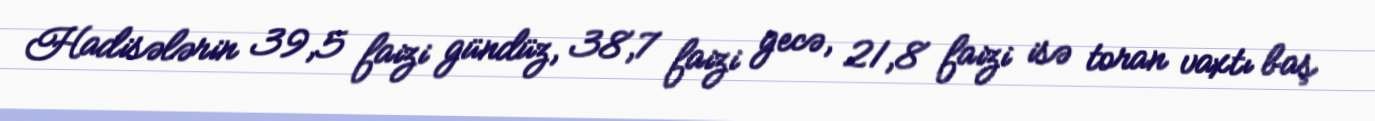
Hadisələrin 39,5 faizi gündüz, 38,7 faizi gecə, 21,8 faizi isə toran vaxtı baş